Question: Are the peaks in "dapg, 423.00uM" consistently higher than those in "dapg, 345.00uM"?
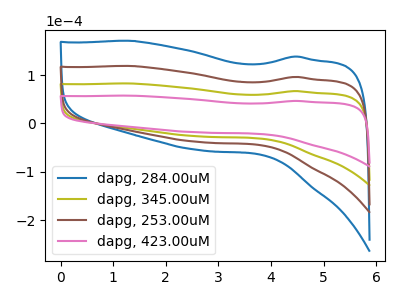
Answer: <think>The blue curve "dapg, 284.00uM" has no peaks. The olive curve "dapg, 345.00uM" has no peaks. The brown curve "dapg, 253.00uM" has no peaks. The pink curve "dapg, 423.00uM" has no peaks.</think>
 <answer>Niether CV has any peaks.</answer>
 <eval>blanks</eval>